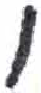
אות: ו